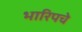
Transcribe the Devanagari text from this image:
भारिपचे